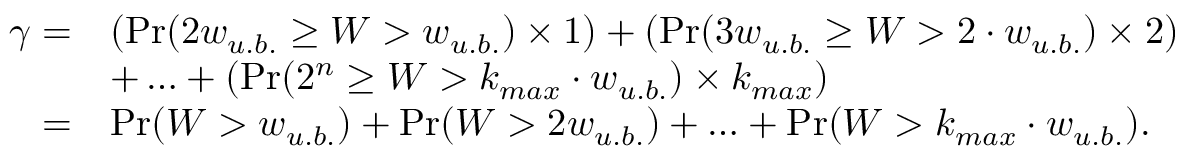
\begin{array} { r l } { \gamma = } & { \left( \operatorname* { P r } ( 2 w _ { u . b . } \geq W > w _ { u . b . } ) \times 1 \right) + \left( \operatorname* { P r } ( 3 w _ { u . b . } \geq W > 2 \cdot w _ { u . b . } ) \times 2 \right) } \\ & { + \ldots + \left( \operatorname* { P r } ( 2 ^ { n } \geq W > k _ { m a x } \cdot w _ { u . b . } ) \times k _ { m a x } \right) } \\ { = } & { \operatorname* { P r } ( W > w _ { u . b . } ) + \operatorname* { P r } ( W > 2 w _ { u . b . } ) + \ldots + \operatorname* { P r } ( W > k _ { m a x } \cdot w _ { u . b . } ) . } \end{array}